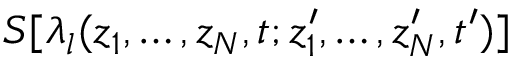
S [ \lambda _ { l } ( z _ { 1 } , \dots , z _ { N } , t ; z _ { 1 } ^ { \prime } , \dots , z _ { N } ^ { \prime } , t ^ { \prime } ) ]